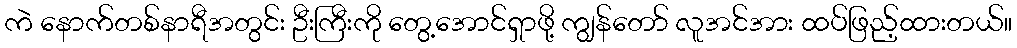
ကဲ နောက်တစ်နာရီအတွင်း ဦးကြီးကို တွေ့အောင်ရှာဖို့ ကျွန်တော် လူအင်အား ထပ်ဖြည့်ထားတယ်။